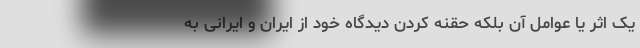
یک اثر یا عوامل آن بلکه حقنه کردن دیدگاه خود از ایران و ایرانی به